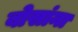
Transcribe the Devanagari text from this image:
बोसांना